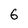
Character: 6